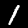
Digit: 1